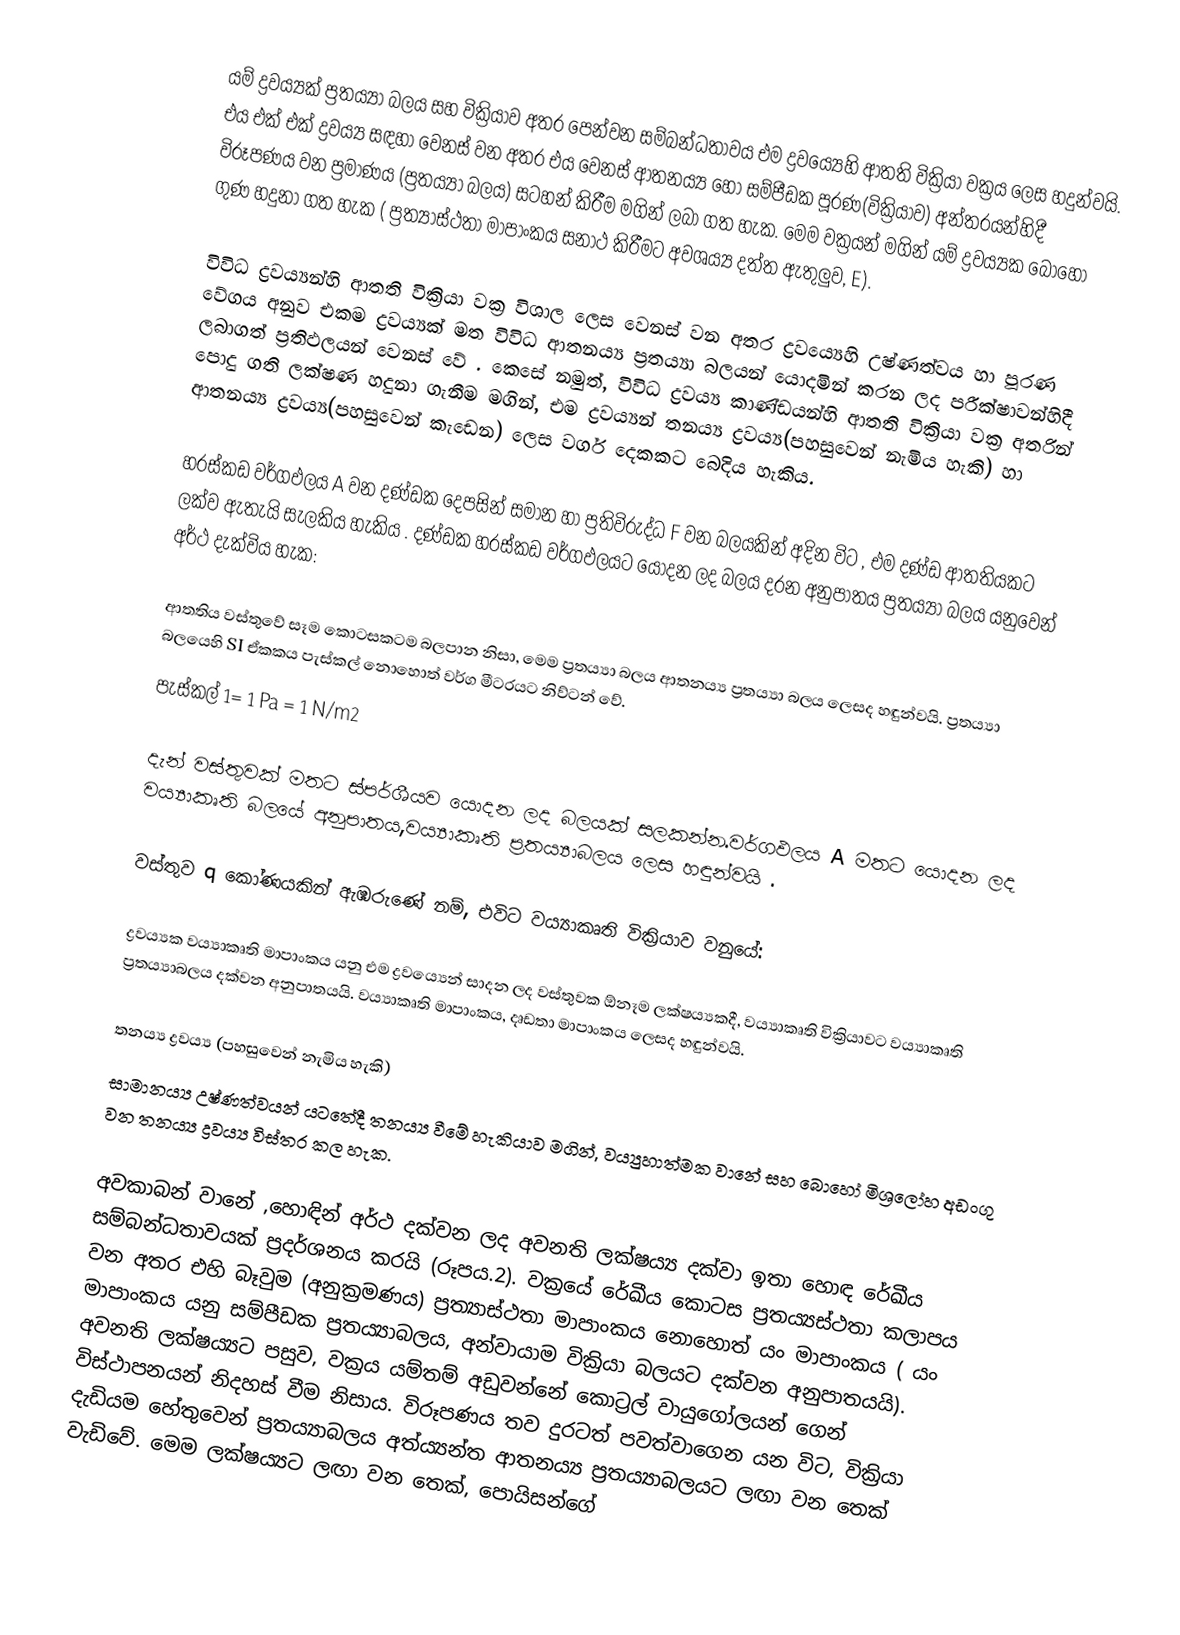
යම් ද්‍රව‍‍‍ය්‍යක් ප්‍රතය්‍යා බලය සහ වික්‍රියාව අතර පෙන්වන සම්බන්ධතාවය එම ද්‍රවය්‍යෙහි ආතති වික්‍රියා වක්‍රය ලෙස හදුන්වයි. එය එක් එක් ද්‍රවය්‍ය සඳහා වෙනස් වන අතර එය වෙනස් ආතනය්‍ය හෝ සම්පීඩක පූරණ(වික්‍රියාව) අන්තරයන්හිදී විරූපණය වන ප්‍රමාණය (ප්‍රතය්‍යා බලය) සටහන් කිරීම මගින් ලබා ගත හැක. මෙම වක්‍රයන් මගින් යම් ද්‍රවය්‍යක බොහෝ ගුණ හදුනා ගත හැක ( ප්‍රත්‍යාස්ථතා මාපාංකය සනාථ කිරීමට අවශය්‍ය දත්ත ඇතුලුව, E).

විවිධ ද්‍රව‍‍‍ය්‍යන්හි ආතති වික්‍රියා වක්‍ර විශාල ලෙස වෙනස් වන අතර ද්‍රව‍‍‍ය්‍යෙහි උෂ්ණත්වය හා පූරණ වේගය අනුව එකම ද්‍රව‍‍‍ය්‍යක් මත විවිධ ආතනය්‍ය ප්‍රතය්‍යා බලයන් යොදමින් කරන ලද පරීක්ෂාවන්හිදී ලබාගත් ප්‍රතිඵලයන් වෙනස් වේ . කෙසේ නමුත්, විවිධ ද්‍රවය්‍ය කාණ්ඩයන්හි ආතති වික්‍රියා වක්‍ර අතරින් පොදු ගති ලක්ෂණ හදුනා ගැනීම මගින්, එම ද්‍රවය්‍යන් තනය්‍ය ද්‍රවය්‍ය(පහසුවෙන් නැමිය හැකි) හා ආතනය්‍ය ද්‍රවය්‍ය(පහසුවෙන් කැඩෙන) ලෙස වර්ග දෙකකට බෙදිය හැකිය.

හරස්කඩ වර්ගඵලය A වන දණ්ඩක දෙපසින් සමාන හා ප්‍රතිවිරුද්ධ F වන බලයකින් අදින විට , එම දණ්ඩ ආතතියකට ලක්ව ඇතැයි සැලකිය හැකිය . දණ්ඩක හරස්කඩ වර්ගඵලයට යොදන ලද බලය දරන අනුපාතය ප්‍රතය්‍යා බලය යනුවෙන් අර්ථ දැක්විය හැක:

ආතතිය වස්තුවේ සෑම කොටසකටම බලපාන නිසා, මෙම ප්‍රතය්‍යා බලය  ආතනය්‍ය ප්‍රතය්‍යා බලය ලෙසද හඳුන්වයි. ප්‍රතය්‍යා බලයෙහි SI ඒකකය පැස්කල් නොහොත් වර්ග මීටරයට නිව්ටන් වේ.
පැස්කල් 1= 1 Pa = 1 N/m2     

දැන් වස්තුවක් මතට ස්පර්ශීයව යොදන ලද බලයක් සලකන්න.වර්ගඵලය A මතට යොදන ලද වය්‍යාකෘති බලයේ අනුපාතය,වය්‍යාකෘති ප්‍රතය්‍යාබලය ලෙස හඳුන්වයි .

වස්තුව q කෝණයකින් ඇඹරුණේ නම්, එවිට වය්‍යාකෘති වික්‍රියාව වනුයේ:

ද්‍රවය්‍යක වය්‍යාකෘති මාපාංකය යනු එම ද්‍රවය්‍යෙන් සාදන ලද වස්තුවක ඕනෑම ලක්ෂය්‍යකදී, වය්‍යාකෘති වික්‍රියාවට වය්‍යාකෘති ප්‍රතය්‍යාබලය දක්වන අනුපාතයයි. වය්‍යාකෘති මාපාංකය,  දෘඩතා මාපාංකය ලෙසද හඳුන්වයි.

තනය්‍ය ද්‍රවය්‍ය (පහසුවෙන් නැමිය හැකි)
සාමානය්‍ය උෂ්ණත්වයන් යටතේදී තනය්‍ය වීමේ හැකියාව  මගින්, වය්‍යුහාත්මක වානේ සහ බොහෝ මිශ්‍රලෝහ අඩංගු වන තනය්‍ය ද්‍රවය්‍ය විස්තර කල හැක.

අවකාබන් වානේ ,හොඳින් අර්ථ දක්වන ලද අවනති ලක්ෂය්‍ය දක්වා ඉතා හොඳ රේඛීය සම්බන්ධතාවයක් ප්‍රදර්ශනය කරයි (රූපය.2). වක්‍රයේ රේඛීය කොටස ප්‍රතය්‍යස්ථතා කලාපය වන අතර  එහි බෑවුම (අනුක්‍රමණය) ප්‍රත්‍යාස්ථතා මාපාංකය නොහොත් යං මාපාංකය ( යං මාපාංකය යනු සම්පීඩක ප්‍රතය්‍යාබලය, අන්වායාම වික්‍රියා බලයට දක්වන අනුපාතයයි). අවනති ලක්ෂය්‍යට පසුව, වක්‍රය යම්තම් අඩුවන්නේ කොට්‍රල් වායුගෝලයන් ගෙන් විස්ථාපනයන් නිදහස් වීම නිසාය. විරූපණය තව දුරටත් පවත්වාගෙන යන විට, වික්‍රියා දැඩියම හේතුවෙන් ප්‍රතය්‍යාබලය අත්ය්‍යන්ත ආතනය්‍ය ප්‍රත‍ය්‍යාබලයට ලඟා වන තෙක් වැඩිවේ. මෙම ලක්ෂය්‍යට ලඟා වන තෙක්, පොයිසන්ගේ